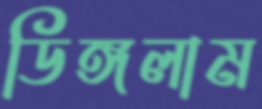
ডিঙ্গলাম